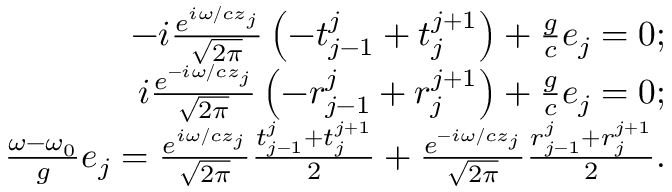
\begin{array} { r l r } & { } & { - i \frac { { { e ^ { i { \omega / c } { z _ { j } } } } } } { { \sqrt { 2 \pi } } } \left( { - { t _ { j - 1 } ^ { j } } + { t _ { j } ^ { j + 1 } } } \right) + \frac { g } { c } { e _ { j } } = 0 ; } \\ & { } & { i \frac { { { e ^ { - i { \omega / c } { z _ { j } } } } } } { { \sqrt { 2 \pi } } } \left( { - { r _ { j - 1 } ^ { j } } + { r _ { j } ^ { j + 1 } } } \right) + \frac { g } { c } { e _ { j } } = 0 ; } \\ & { } & { \frac { { \omega } - { \omega _ { 0 } } } { g } { e _ { j } } = { \frac { { { e ^ { i { \omega / c } { z _ { j } } } } } } { { \sqrt { 2 \pi } } } \frac { { { t _ { j - 1 } ^ { j } } + t _ { j } ^ { j + 1 } } } { 2 } + \frac { { { e ^ { - i { \omega / c } { z _ { j } } } } } } { { \sqrt { 2 \pi } } } \frac { { { r _ { j - 1 } ^ { j } } + r _ { j } ^ { j + 1 } } } { 2 } } . } \end{array}